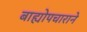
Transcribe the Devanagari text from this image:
बाह्योपचाराने